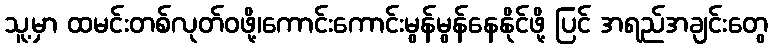
သူ့မှာ ထမင်းတစ်လုတ်ဝဖို့၊ကောင်းကောင်းမွန်မွန်နေနိုင်ဖို့ ပြင် အရည်အချင်းတွေ